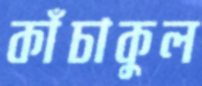
কাঁচাকুল